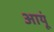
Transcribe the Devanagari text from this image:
आयूं